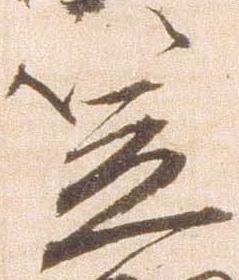
笠